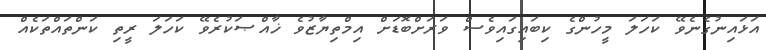
އަޅައިނުގެނެވޭ ކަހަލަ މީހުންގެ ކިބައިގައިވެސް ވަރަށްބޮޑަށް އިމްތިޔާޒުވެ ޚާއްޞަކުރެވޭ ކަހަލަ ރީތި ކަންތައްތަކެއް